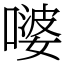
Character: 嘙